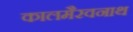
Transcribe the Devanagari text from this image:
कालमैरवनाथ